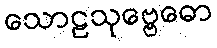
သောဠသုဗ္ဗေဓော